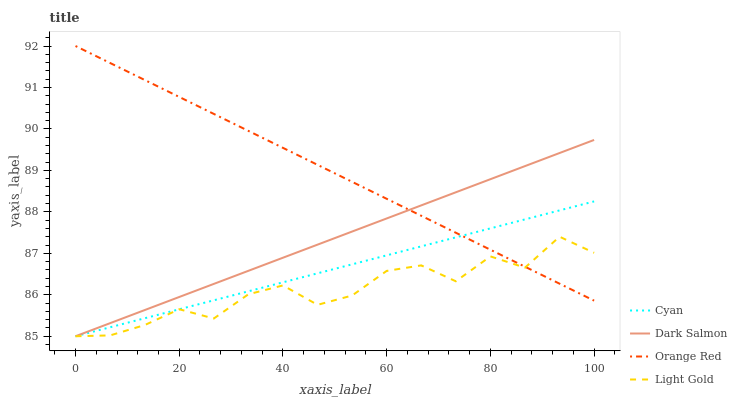
| xaxis_label | Cyan | Dark Salmon | Orange Red | Light Gold |
 | --- | --- | --- | --- | --- |
 | 0 | 85 | 85 | 92 | 85 |
 | 6.67 | 85.2 | 85.3 | 91.6 | 85 |
 | 13.3 | 85.4 | 85.6 | 91.2 | 85.3 |
 | 20 | 85.7 | 85.9 | 90.8 | 85.7 |
 | 26.7 | 85.9 | 86.3 | 90.4 | 85.4 |
 | 33.3 | 86.1 | 86.6 | 90 | 86 |
 | 40 | 86.3 | 86.9 | 89.5 | 86.2 |
 | 46.7 | 86.5 | 87.2 | 89.1 | 85.8 |
 | 53.3 | 86.7 | 87.5 | 88.7 | 86 |
 | 60 | 87 | 87.8 | 88.3 | 86.6 |
 | 66.7 | 87.2 | 88.2 | 87.9 | 86.7 |
 | 73.3 | 87.4 | 88.5 | 87.5 | 86.3 |
 | 80 | 87.6 | 88.8 | 87.1 | 86.9 |
 | 86.7 | 87.8 | 89.1 | 86.7 | 86.7 |
 | 93.3 | 88 | 89.4 | 86.3 | 87.4 |
 | 100 | 88.3 | 89.7 | 85.9 | 87 |